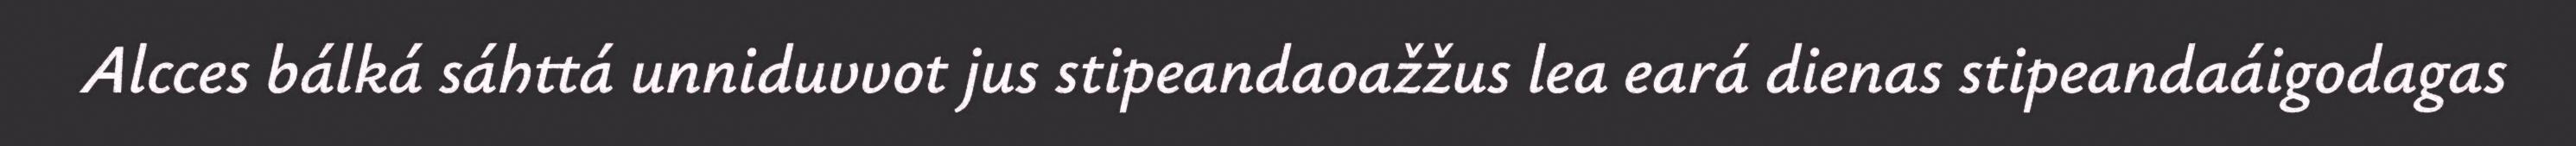
Alcces bálká sáhttá unniduvvot jus stipeandaoažžus lea eará dienas stipeandaáigodagas